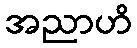
အညာဟိ